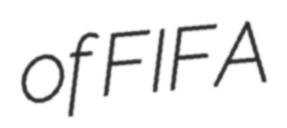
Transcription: of FIFA